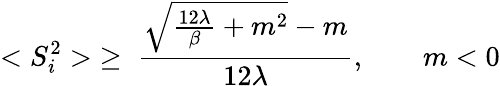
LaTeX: <S_{i}^{2}>\; \ge\; \frac{{\sqrt{\frac{12\lambda}{\beta}+m^{2}}}-m}{12\lambda},\qquad m<0